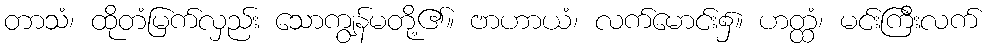
တာသံ၊ ထိုတံမြက်လှည်း သောကျွန်မတို့၏။ ဗာဟာယံ၊ လက်မောင်း၌။ ဟတ္ထံ၊ မင်းကြီးလက်